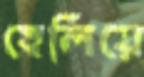
হেলিয়ে